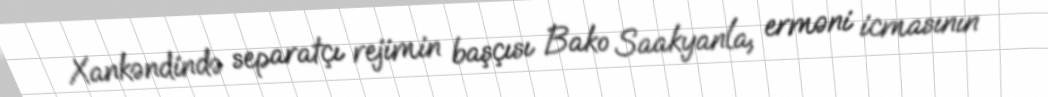
Xankəndində separatçı rejimin başçısı Bako Saakyanla, erməni icmasının